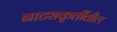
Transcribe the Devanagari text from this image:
नाट्यकृतींतील